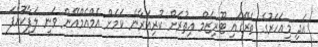
އަދި މިއަހަރުގެ ތެރޭގައި ޓޫރިޒަމް އިތުރަށް ކުރިއަރާނެ ކަމަށް އެމްއެމްއޭން ވަނީ ލަފާކޮށްފަ